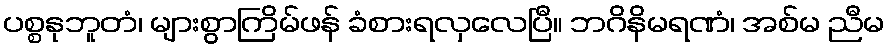
ပစ္စနုဘူတံ၊ များစွာကြိမ်ဖန် ခံစားရလှလေပြီ။ ဘဂိနိမရဏံ၊ အစ်မ ညီမ